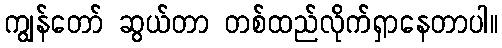
ကျွန်တော် ဆွယ်တာ တစ်ထည်လိုက်ရှာနေတာပါ။